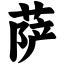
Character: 萨